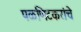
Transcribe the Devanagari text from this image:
पळणिटकरांचे